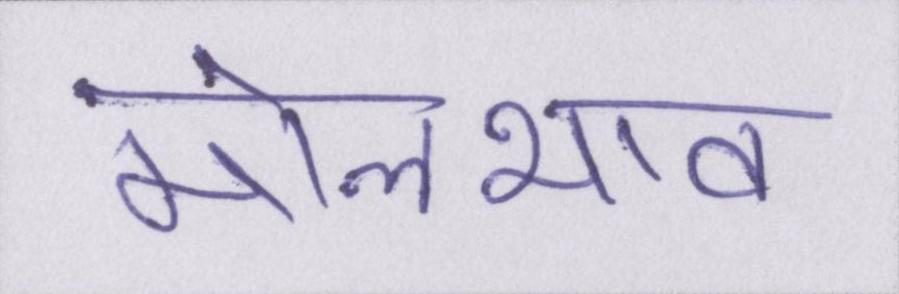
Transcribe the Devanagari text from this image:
मोलभाव